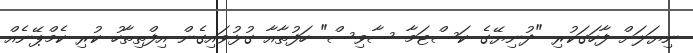
ނިޔަލަށް ފާހަގަކުރި "ދުނިޔޭގެ ކަސްޓަމާ ސާވިސް" ހަފުތާއާ ގުޅުވައިގެން އިފްތިތާހު ކުރި ކެމްޕޭނެއް